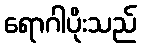
ရောဂါပိုးသည်